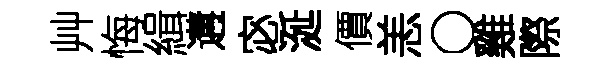
艸悔緝遘宓涎價恙〇雞際